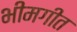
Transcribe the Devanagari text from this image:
भीमगीत